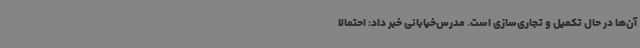
آن‌ها در حال تکمیل و تجاری‌سازی است. مدرس‌خیابانی خبر داد: احتمالا